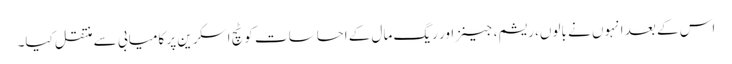
اس کے بعد انہوں نے بالوں، ریشم، جینز اور ریگ مال کے احساسات کو ٹچ اسکرین پر کامیابی سے منتقل کیا۔